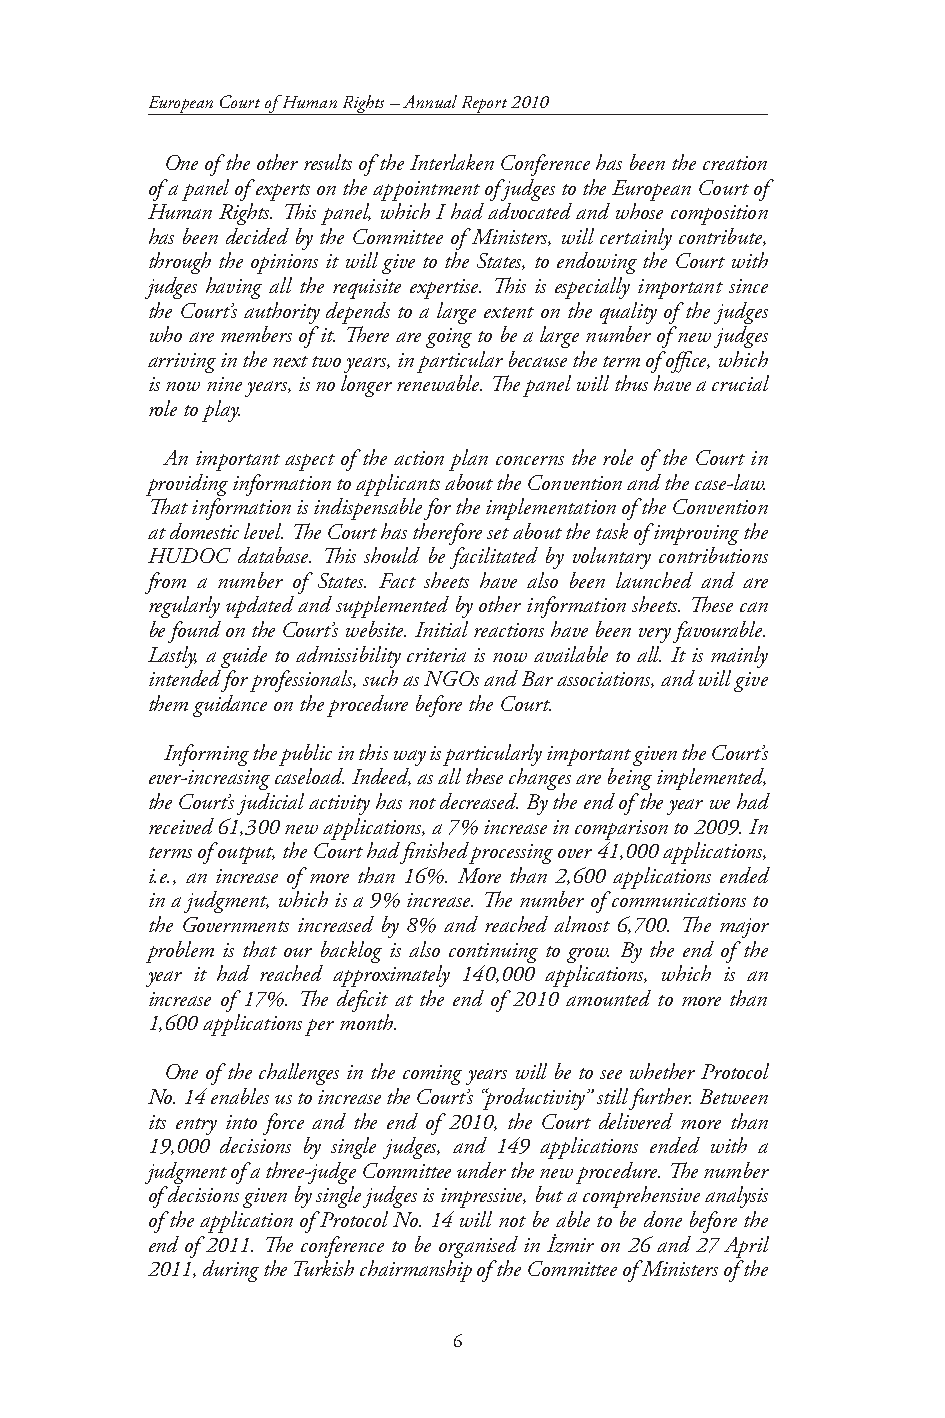
European Court of Human Rights – Annual Report 2010
 One of the other results of the Interlaken Conference has been the creation
 of a panel of experts on the appointment of judges to the European Court of
 Human Rights. This panel, which I had advocated and whose composition
 has been decided by the Committee of Ministers, will certainly contribute,
 through the opinions it will give to the States, to endowing the Court with
 judges having all the requisite expertise. This is especially important since
 the Court’s authority depends to a large extent on the quality of the judges
 who are members of it. There are going to be a large number of new judges
 arriving in the next two years, in particular because the term of office, which
 is now nine years, is no longer renewable. The panel will thus have a crucial
 role to play.
 An important aspect of the action plan concerns the role of the Court in
 providing information to applicants about the Convention and the case-law.
 That information is indispensable for the implementation of the Convention
 at domestic level. The Court has therefore set about the task of improving the
 HUDOC database. This should be facilitated by voluntary contributions
 from a number of States. Fact sheets have also been launched and are
 regularly updated and supplemented by other information sheets. These can
 be found on the Court’s website. Initial reactions have been very favourable.
 Lastly, a guide to admissibility criteria is now available to all. It is mainly
 intended for professionals, such as NGOs and Bar associations, and will give
 them guidance on the procedure before the Court.
 Informing the public in this way is particularly important given the Court’s
 ever-increasing caseload. Indeed, as all these changes are being implemented,
 the Court’s judicial activity has not decreased. By the end of the year we had
 received 61,300 new applications, a 7% increase in comparison to 2009. In
 terms of output, the Court had finished processing over 41,000 applications,
 i.e., an increase of more than 16%. More than 2,600 applications ended
 in a judgment, which is a 9% increase. The number of communications to
 the Governments increased by 8% and reached almost 6,700. The major
 problem is that our backlog is also continuing to grow. By the end of the
 year it had reached approximately 140,000 applications, which is an
 increase of 17%. The deficit at the end of 2010 amounted to more than
 1,600 applications per month.
 One of the challenges in the coming years will be to see whether Protocol
 No. 14 enables us to increase the Court’s “productivity” still further. Between
 its entry into force and the end of 2010, the Court delivered more than
 19,000 decisions by single judges, and 149 applications ended with a
 judgment of a three-judge Committee under the new procedure. The number
 of decisions given by single judges is impressive, but a comprehensive analysis
 of the application of Protocol No. 14 will not be able to be done before the
 end of 2011. The conference to be organised in İzmir on 26 and 27 April
 2011, during the Turkish chairmanship of the Committee of Ministers of the
 6